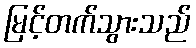
မြင့်တက်သွားသည်